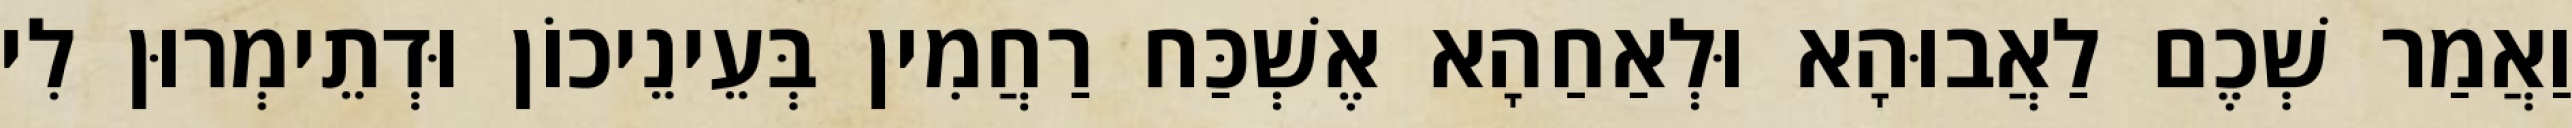
וַאֲמַר שְׁכֶם לַאֲבוּהָא וּלְאַחַהָא אֶשְׁכַּח רַחֲמִין בְּעֵינֵיכוֹן וּדְתֵימְרוּן לִי